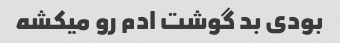
بودی بد گوشت ادم رو میکشه